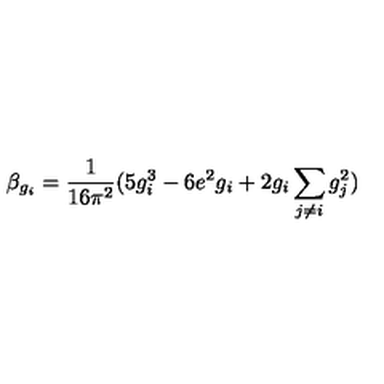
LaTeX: \beta _ { g _ { i } } = \frac { 1 } { 1 6 \pi ^ { 2 } } ( 5 g _ { i } ^ { 3 } - 6 e ^ { 2 } g _ { i } + 2 g _ { i } \sum _ { j \neq i } g _ { j } ^ { 2 } )